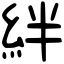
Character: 絆